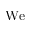
\mathrm { W e }